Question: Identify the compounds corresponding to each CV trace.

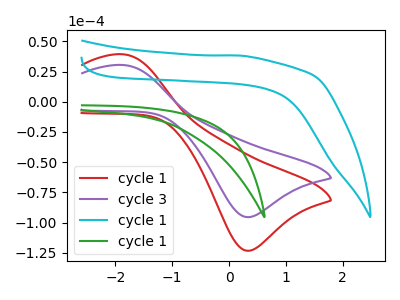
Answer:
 <answer>The red curve is labeled "cycle 1". The purple curve is labeled "cycle 3". The cyan curve is labeled "cycle 1". The green curve is labeled "cycle 1".</answer>
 <eval></eval>